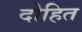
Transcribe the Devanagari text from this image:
दोहित